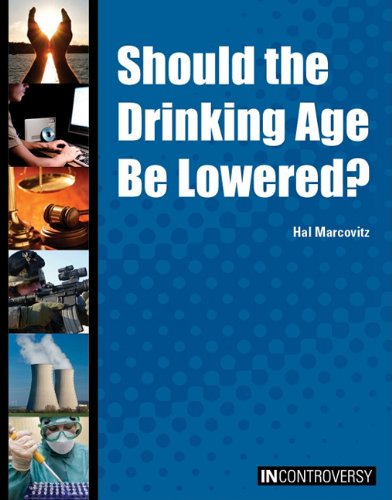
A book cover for Should the Drinking Age Be Lowered? (In Controversy); Hal Marcovitz; Teen & Young Adult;